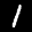
Label: 1